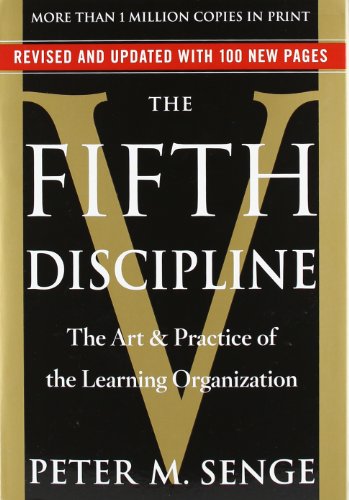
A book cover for The Fifth Discipline: The Art & Practice of The Learning Organization; Peter M. Senge; Business & Money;